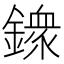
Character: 𨬹